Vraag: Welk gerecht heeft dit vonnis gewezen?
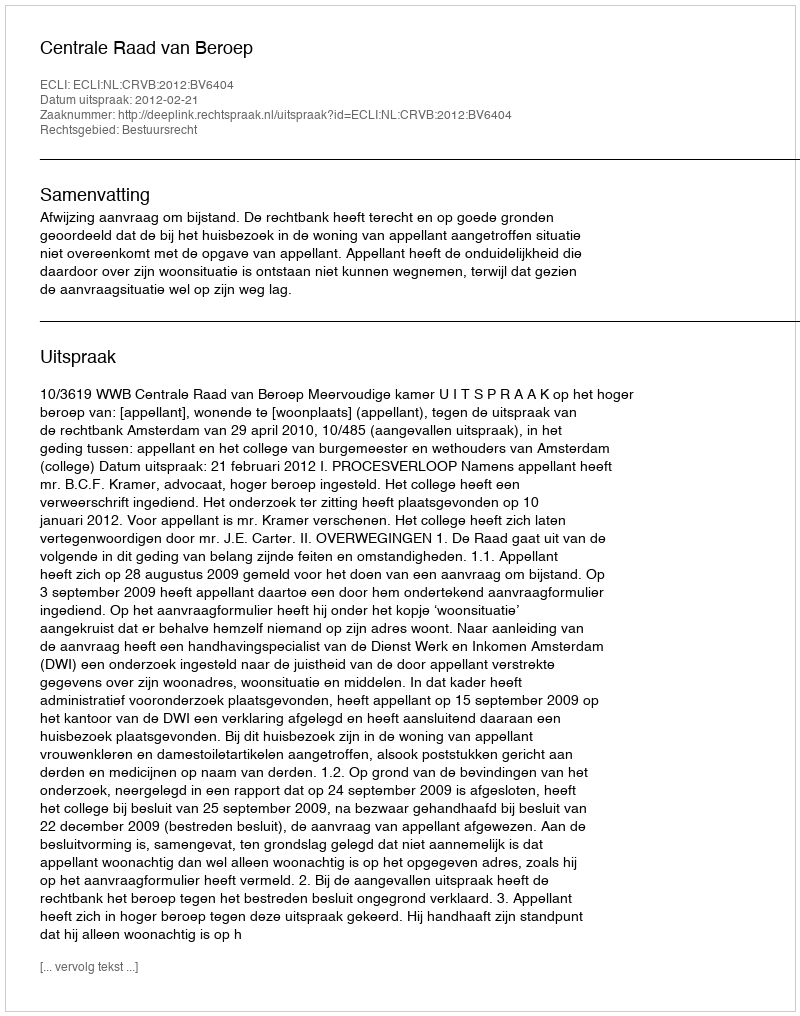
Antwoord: Centrale Raad van Beroep